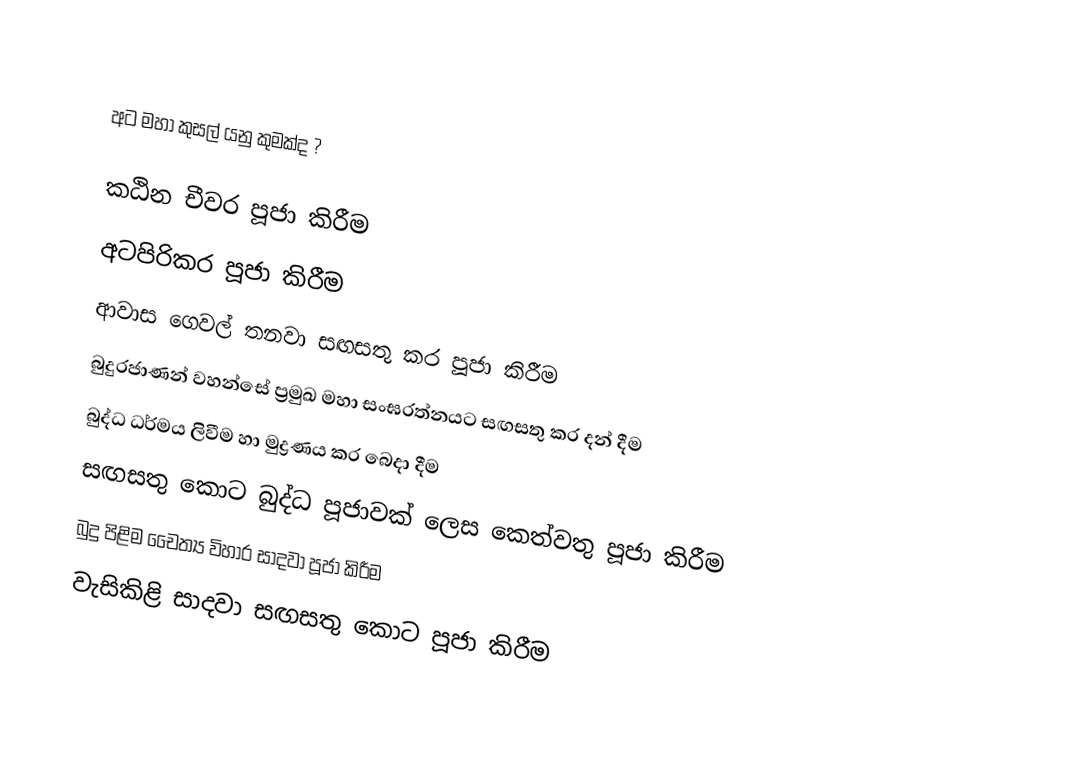

අට මහා කුසල් යනු කුමක්ද ?

 කඨින චීවර පූජා කිරීම
 අටපිරිකර පූජා කිරීම
 ආවාස ගෙවල් තනවා සඟසතු කර පූජා කිරීම
 බුදුරජාණන් වහන්සේ ප්‍රමුඛ මහා සංඝරත්නයට සඟසතු කර දන් දීම
 බුද්ධ ධර්මය ලිවීම හා මුද්‍රණය කර බෙදා දීම
 සඟසතු කොට බුද්ධ පූජාවක් ලෙස කෙත්වතු පූජා කිරීම
 බුදු පිළිම චෛත්‍ය විහාර සාදවා පූජා කිරීම
 වැසිකිළි සාදවා සඟසතු කොට පූජා කිරීම